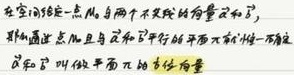
在空间给定一点以及两个不共线的向量$\vec{u}$和$\vec{v}$，那么通过该点且与$\vec{u}$和$\vec{v}$平行的平面$\pi$就被唯一确定。$\vec{u}$和$\vec{v}$叫做平面$\pi$的方位向量。